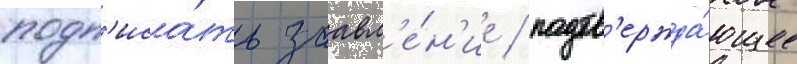
подп'иса́ть заавл'е́н'ие / подтв'ержда́ющее